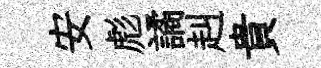
安彪譎赳貴